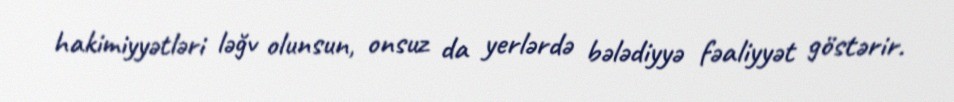
hakimiyyətləri ləğv olunsun, onsuz da yerlərdə bələdiyyə fəaliyyət göstərir.